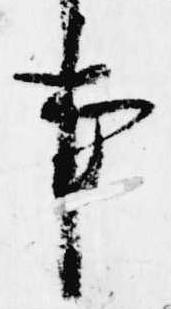
事